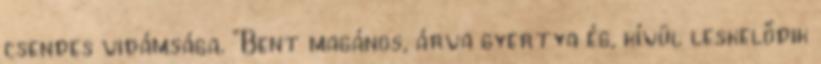
csendes vidámsága. "Bent magános, árva gyertya ég, kívül leskelődik